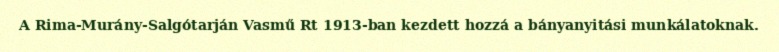
A Rima-Murány-Salgótarján Vasmű Rt 1913-ban kezdett hozzá a bányanyitási munkálatoknak.